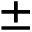
\pm